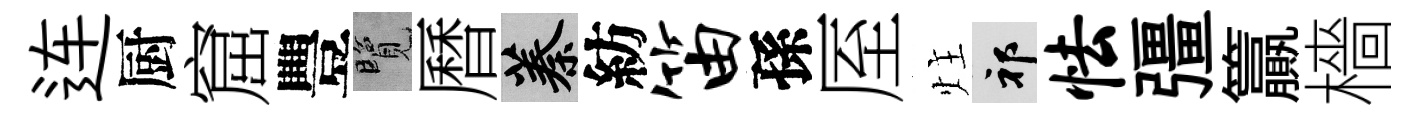
连厨窟豐覽曆蓁紡笛孫厔炷祁怯彊籯檣